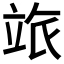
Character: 𥩷